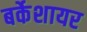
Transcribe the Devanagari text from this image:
बर्केशायर